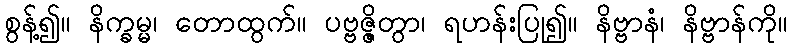
စွန့်၍။ နိက္ခမ္မ၊ တောထွက်။ ပဗ္ဗဇ္ဇိတွာ၊ ရဟန်းပြု၍။ နိဗ္ဗာနံ၊ နိဗ္ဗာန်ကို။